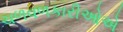
ચળવળકારીઓએ